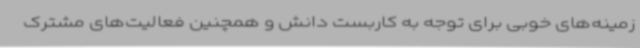
زمینه‌های خوبی برای توجه به کاربست دانش و همچنین فعالیت‌های مشترک